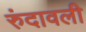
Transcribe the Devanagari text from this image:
रुंदावली